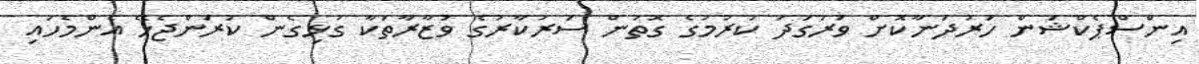
އިންސްޕެކްޝަން ހަރުދަނާކޮށް ވަރުގަދަ ކުރުމުގެ ގޮތުން ސަރުކާރުގެ ވުޒާރާތަކާ ގުޅިގެން ކުރަންޖެހޭ އެންމެހައި